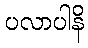
ပလာပါနိ